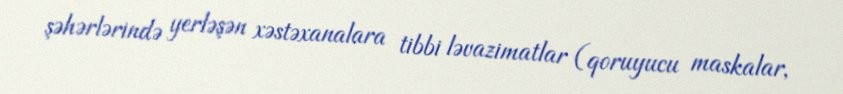
şəhərlərində yerləşən xəstəxanalara tibbi ləvazimatlar (qoruyucu maskalar,